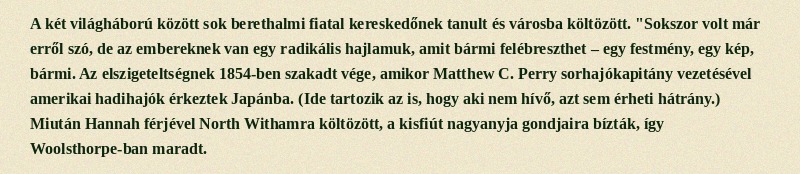
A két világháború között sok berethalmi fiatal kereskedőnek tanult és városba költözött. "Sokszor volt már erről szó, de az embereknek van egy radikális hajlamuk, amit bármi felébreszthet – egy festmény, egy kép, bármi. Az elszigeteltségnek 1854-ben szakadt vége, amikor Matthew C. Perry sorhajókapitány vezetésével amerikai hadihajók érkeztek Japánba. (Ide tartozik az is, hogy aki nem hívő, azt sem érheti hátrány.) Miután Hannah férjével North Withamra költözött, a kisfiút nagyanyja gondjaira bízták, így Woolsthorpe-ban maradt.